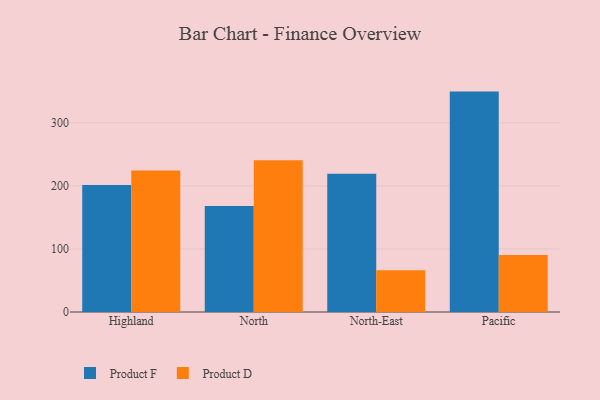
{"axis": {"x": "Region", "y": "Active Users"}, "legend": ["Product D", "Product F"], "data": [{"x": "Highland", "y": 201.2, "type": "Product F"}, {"x": "Highland", "y": 224.5, "type": "Product D"}, {"x": "North", "y": 168.1, "type": "Product F"}, {"x": "North", "y": 240.8, "type": "Product D"}, {"x": "North-East", "y": 219.3, "type": "Product F"}, {"x": "North-East", "y": 66.1, "type": "Product D"}, {"x": "Pacific", "y": 349.5, "type": "Product F"}, {"x": "Pacific", "y": 90.5, "type": "Product D"}]}